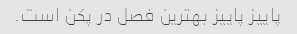
پاییز پاییز بهترین فصل در پکن است.